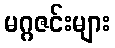
မဂ္ဂဇင်းများ